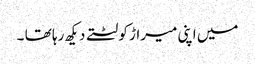
میں اپنی میراڑ کو لٹتے دیکھ رہا تھا ۔